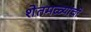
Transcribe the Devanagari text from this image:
शेतमळ्यांची